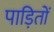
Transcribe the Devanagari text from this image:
पाड़ितों